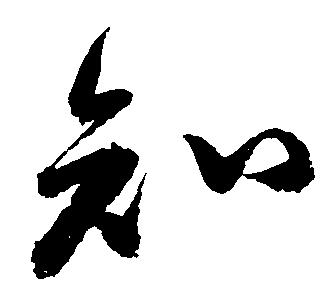
知